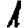
Digit: 1